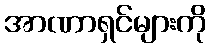
အာဏာရှင်များကို